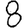
Digit: 8